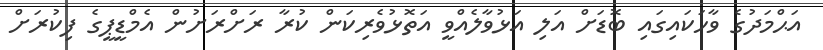
އަޙްމަދުގެ ވާހަކައިގައި ބޮޑަށް އަލި އަޅުވާލެއްވީ އަތޮޅުވެރިކަން ކުރާ ރަށްރަށުން އެމްޑީޕީގެ ފިކުރަށް